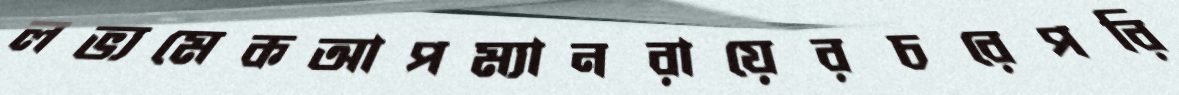
লভ্যমেকআপম্যানরায়েরচরেপরি